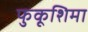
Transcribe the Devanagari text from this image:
फुकूशिमा